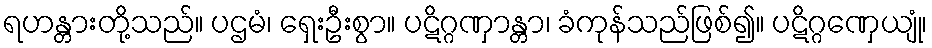
ရဟန္တားတို့သည်။ ပဌမံ၊ ရှေးဦးစွာ။ ပဋိဂ္ဂဏှာန္တာ၊ ခံကုန်သည်ဖြစ်၍။ ပဋိဂ္ဂဏှေယျုံ၊